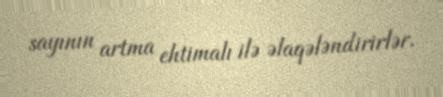
sayının artma ehtimalı ilə əlaqələndirirlər.